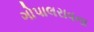
ગોપાલરાવના